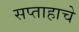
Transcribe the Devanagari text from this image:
सप्ताहाचे